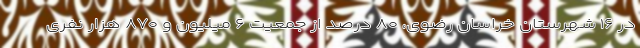
در ۱۶ شهرستان خراسان رضوی، ۸۰ درصد از جمعیت ۶ میلیون و ۸۷۰ هزار نفری